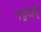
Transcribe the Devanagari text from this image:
मद्जेर्